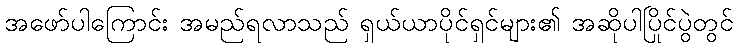
အဖော်ပါကြောင်း အမည်ရလာသည် ရှယ်ယာပိုင်ရှင်များ၏ အဆိုပါပြိုင်ပွဲတွင်